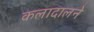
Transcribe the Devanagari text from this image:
कलादालने